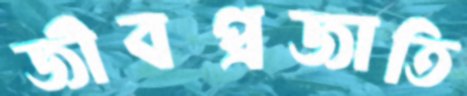
জীবপ্রজাতি